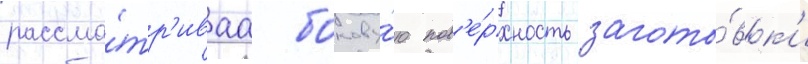
рассма́тр'иваа бокову́ю пов'е́рхность загото́вк'и